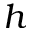
h